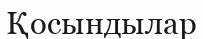
Қосындылар